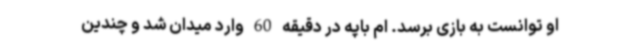
او توانست به بازی برسد. ام باپه در دقیقه 60 وارد میدان شد و چندین